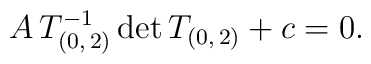
A\,T_{(0,\,2)}^{-1}\,\mathrm{det}\,T_{(0,\,2)}+c=0.